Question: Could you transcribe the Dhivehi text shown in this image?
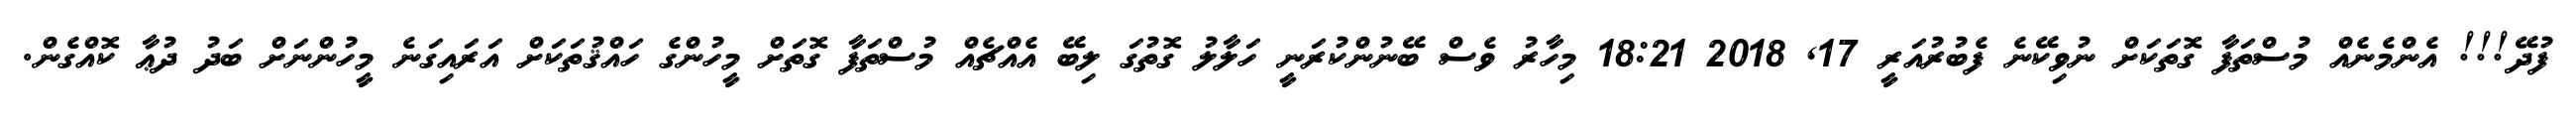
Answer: ފުދޭ!!! އެންމެނެއް މުސްތަފާ ގޮތަކަށް ނުވިކޭނެ ފެބުރުއަރީ 17, 2018 18:21 މިހާރު ވެސް ބޭނުންކުރަނީ ހަލާލު ގޮތުގަ ލިބޭ އެއްޗެއް މުސްތަފާ ގޮތަށް މީހުންގެ ހައްޤުތަކަށް އަރައިގަނެ މީހުންނަށް ބަދު ދުޢާ ކޮއްގެން.